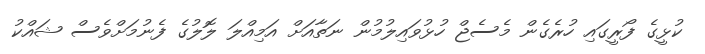
ކުޅީގެ ފޯރީގައި ހުރެގެން މެސެޖް ހުޅުވައިލުމުން ނަތާއަށް އަމިއްލަ ލޮލުގެ ފެނުމަށްވެސް ޝައްކު